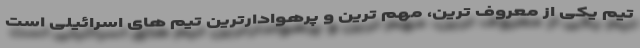
تیم یکی از معروف ترین، مهم ترین و پرهوادارترین تیم های اسرائیلی است